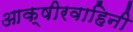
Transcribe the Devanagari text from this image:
आक्षीरवाहिनी